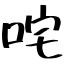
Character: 咤